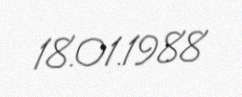
18.01.1988